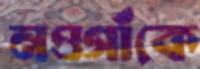
নওগাঁকে